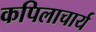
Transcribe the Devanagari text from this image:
कपिलाचार्य